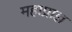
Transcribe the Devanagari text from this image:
महाप्राज्ञ